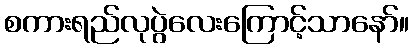
စကားရည်လုပွဲလေးကြောင့်သာနော်။